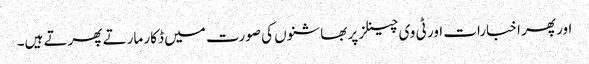
اور پھر اخبارات اور ٹی وی چینلز پر بھاشنوں کی صورت میں ڈکار مارتے پھرتے ہیں۔